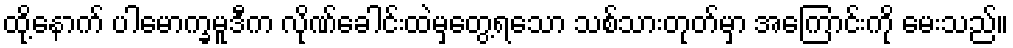
ထို့နောက် ပါမောက္ခမူဒီက လိုဏ်ခေါင်းထဲမှတွေ့ရသော သစ်သားတုတ်မှာ အကြောင်းကို မေးသည်။